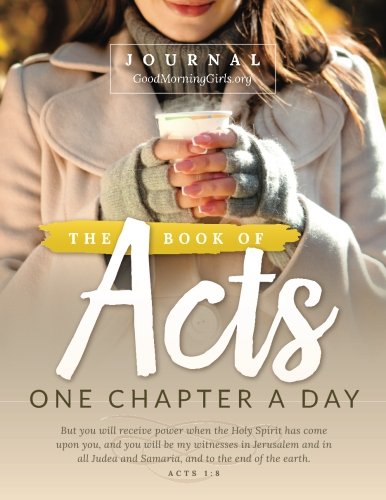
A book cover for The Book of Acts Journal: One Chapter a Day; Courtney Joseph; Christian Books & Bibles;